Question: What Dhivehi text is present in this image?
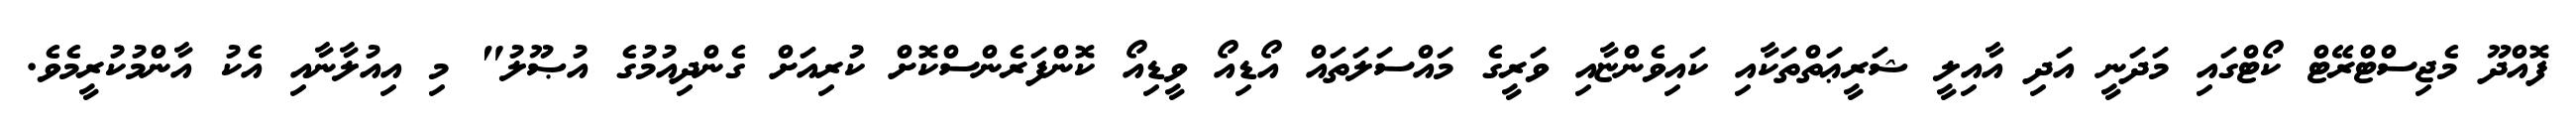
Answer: ފޮއްދޫ މެޖިސްޓްރޭޓް ކޯޓްގައި މަދަނީ އަދި އާއިލީ ޝަރީޢަތްތަކާއި ކައިވެންޏާއި ވަރީގެ މައްސަލަތައް އޯޑިއޯ ވީޑިއޯ ކޮންފަރެންސްކޮށް ކުރިއަށް ގެންދިއުމުގެ އުޞޫލު" މި އިއުލާނާއި އެކު އާންމުކުރީމެވެ.